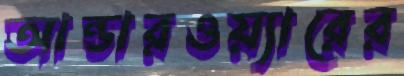
আন্ডারওয়্যারের